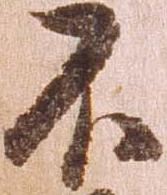
不